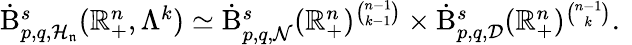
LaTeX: \begin{array}{r}{\dot{\mathrm{B}}_{p,q,\mathcal{H}_{\mathfrak{n}}}^{s}(\mathbb{R}_{+}^{n},\Lambda^{k})\simeq\dot{\mathrm{B}}_{p,q,\mathcal{N}}^{s}(\mathbb{R}_{+}^{n})^{\binom{n-1}{k-1}}\times\dot{\mathrm{B}}_{p,q,\mathcal{D}}^{s}(\mathbb{R}_{+}^{n})^{\binom{n-1}{k}}\mathrm{.~}}\end{array}